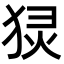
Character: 𬌴